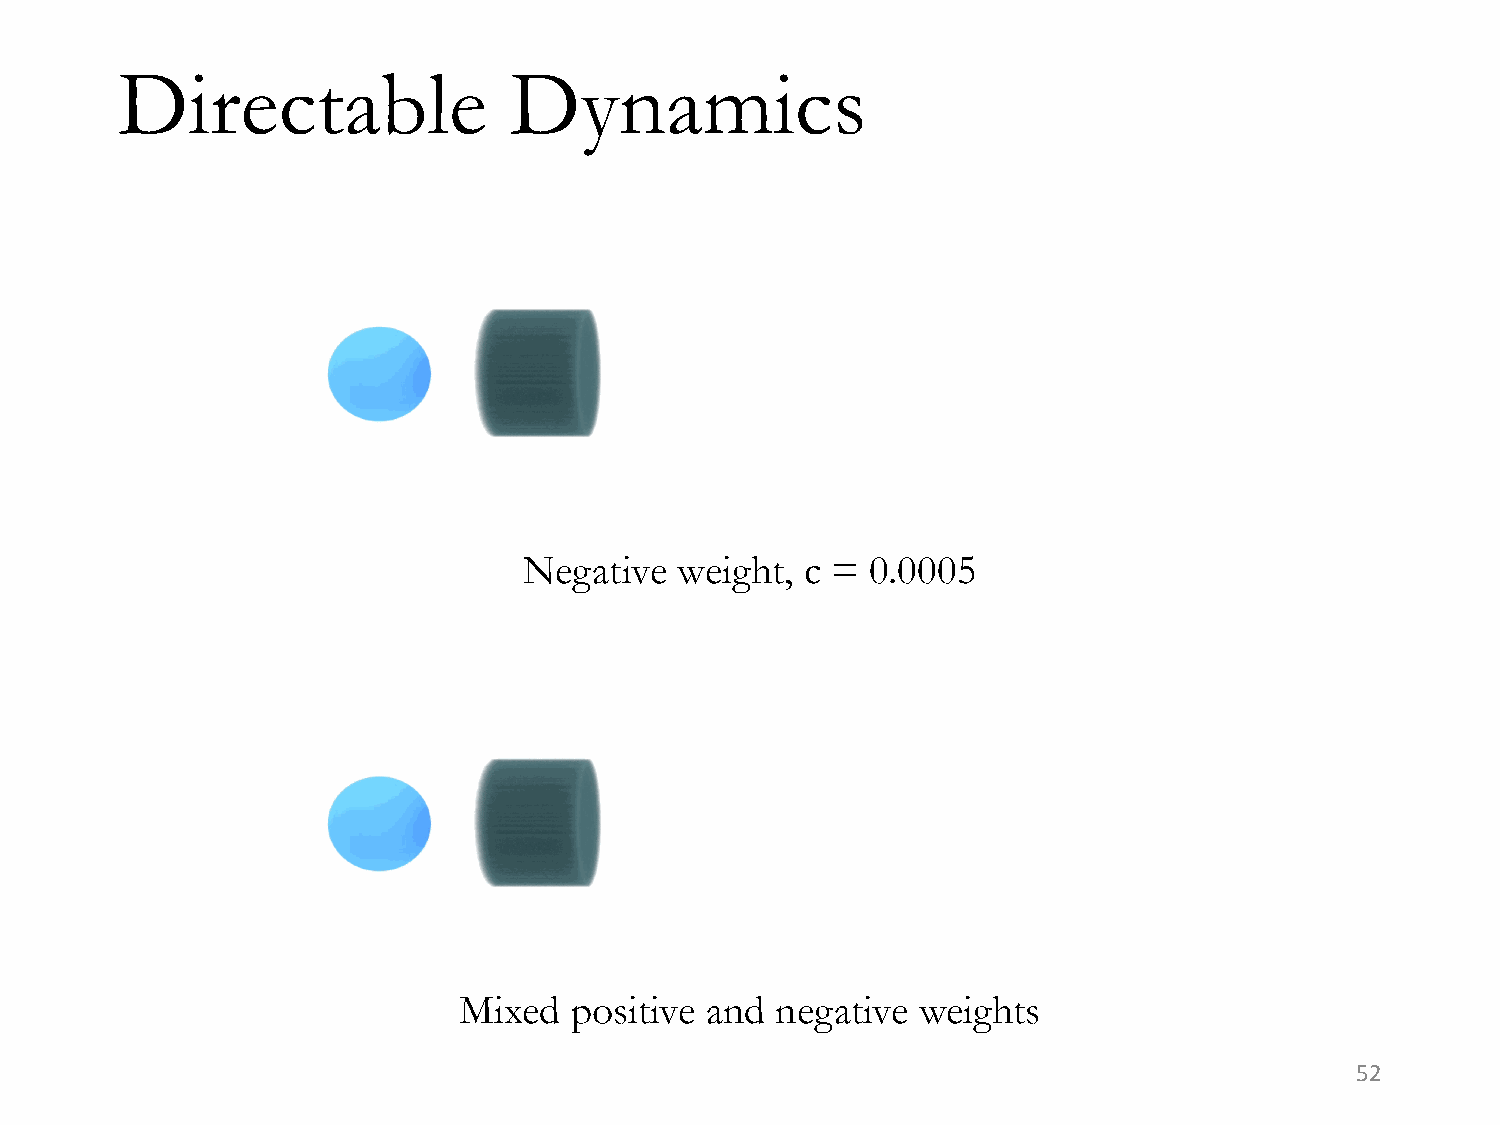
Directable                Dynamics
 Negative  weight, c =  0.0005
 Mixed   positive and negative  weights
 52